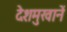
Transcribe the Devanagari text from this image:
देशमुखानें